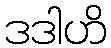
ဒဒါဟိ